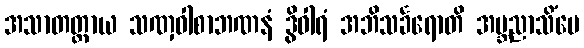
အသာတတ္တာယ သဏှဝါစာဘဏနံ ဒွိဝါရံ အဘိသင်္ခရောတိ အဗ္ဘညာသိံပေ